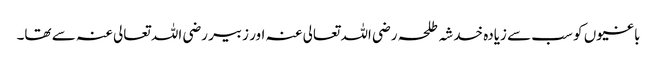
باغیوں کو سب سے زیادہ خدشہ طلحہ رضی اللہ تعالی عنہ اور زبیر رضی اللہ تعالی عنہ سے تھا۔